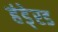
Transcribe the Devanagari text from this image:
हंडे्रड